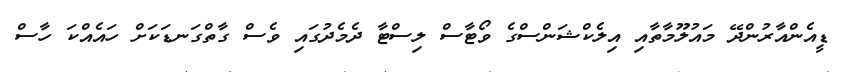
ޑީއެންއާރުންދޭ މައުލޫމާތާއި އިލެކްޝަންސްގެ ވޯޓާސް ލިސްޓާ ދެމެދުގައި ވެސް ގާތްގަނޑަކަށް ހައެއްކަ ހާސް